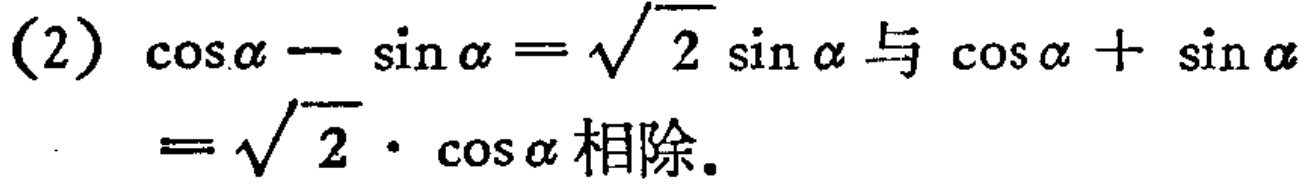
(2) $\cos\alpha - \sin\alpha = \sqrt{2} \sin\alpha$ 与 $\cos\alpha + \sin\alpha=\sqrt{2} \cdot \cos\alpha$ 相除。